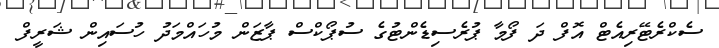
ސެކްރެޓޭރިއެޓް އޮފް ދަ ފޯމާ ޕުރެސިޑެންޓުގެ ސުޕޯކްސް ޕާޒަން މުހައްމަދު ހުސައިން ޝަރީފް